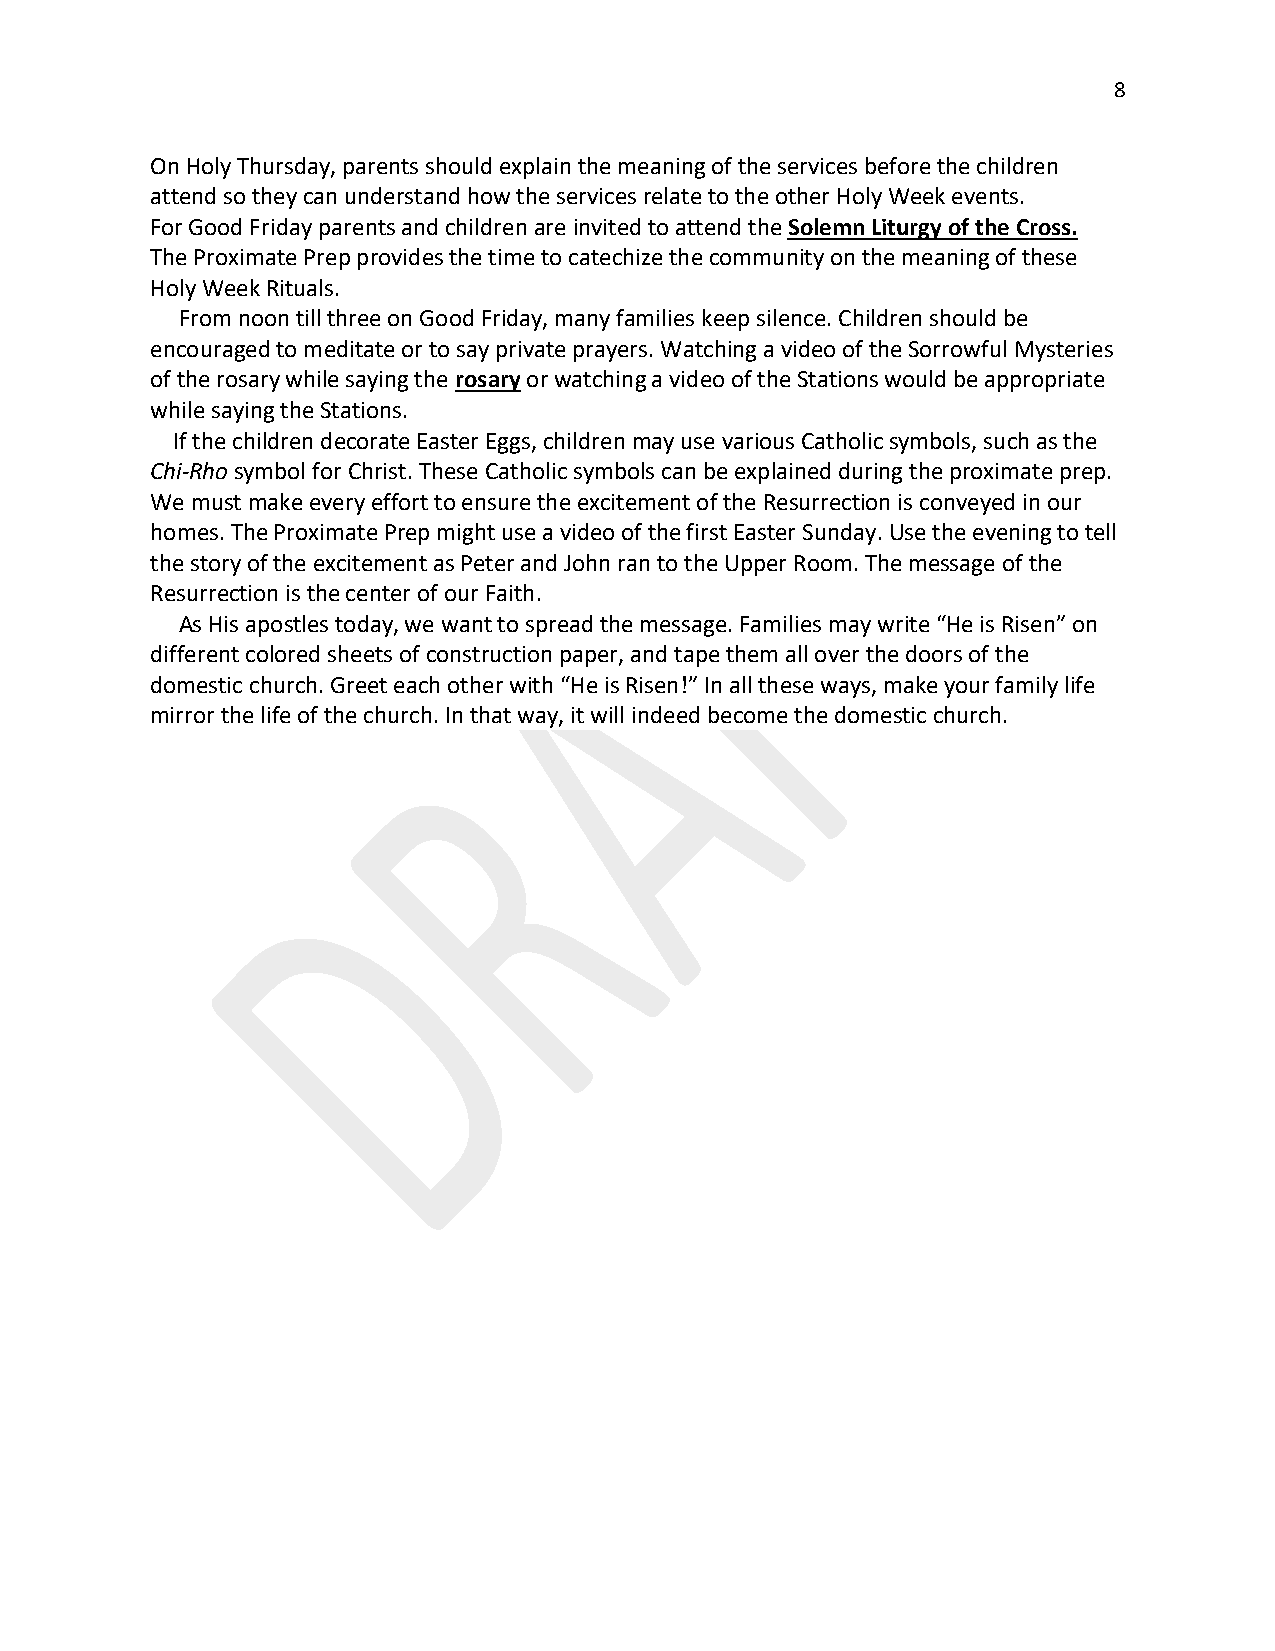
8
 On Holy Thursday, parents should explain the meaning of the services before the children
 attend so they can understand how the services relate to the other Holy Week events.
 For Good Friday parents and children are invited to attend the Solemn Liturgy of the Cross.
 The Proximate Prep provides the time to catechize the community on the meaning of these
 Holy Week Rituals.
 From noon till three on Good Friday, many families keep silence. Children should be
 encouraged to meditate or to say private prayers. Watching a video of the Sorrowful Mysteries
 of the rosary while saying the rosary or watching a video of the Stations would be appropriate
 while saying the Stations.
 If the children decorate Easter Eggs, children may use various Catholic symbols, such as the
 Chi-Rho symbol for Christ. These Catholic symbols can be explained during the proximate prep.
 We must make every effort to ensure the excitement of the Resurrection is conveyed in our
 homes. The Proximate Prep might use a video of the first Easter Sunday. Use the evening to tell
 the story of the excitement as Peter and John ran to the Upper Room. The message of the
 Resurrection is the center of our Faith.
 As His apostles today, we want to spread the message. Families may write “He is Risen” on
 different colored sheets of construction paper, and tape them all over the doors of the
 domestic church. Greet each other with “He is Risen!” In all these ways, make your family life
 mirror the life of the church. In that way, it will indeed become the domestic church.